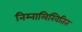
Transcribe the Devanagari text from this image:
निम्नालिखितित